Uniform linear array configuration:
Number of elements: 12
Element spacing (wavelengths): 1
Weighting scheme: hann
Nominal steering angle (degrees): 45
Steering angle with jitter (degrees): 43.367
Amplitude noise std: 0.05
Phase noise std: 0.05

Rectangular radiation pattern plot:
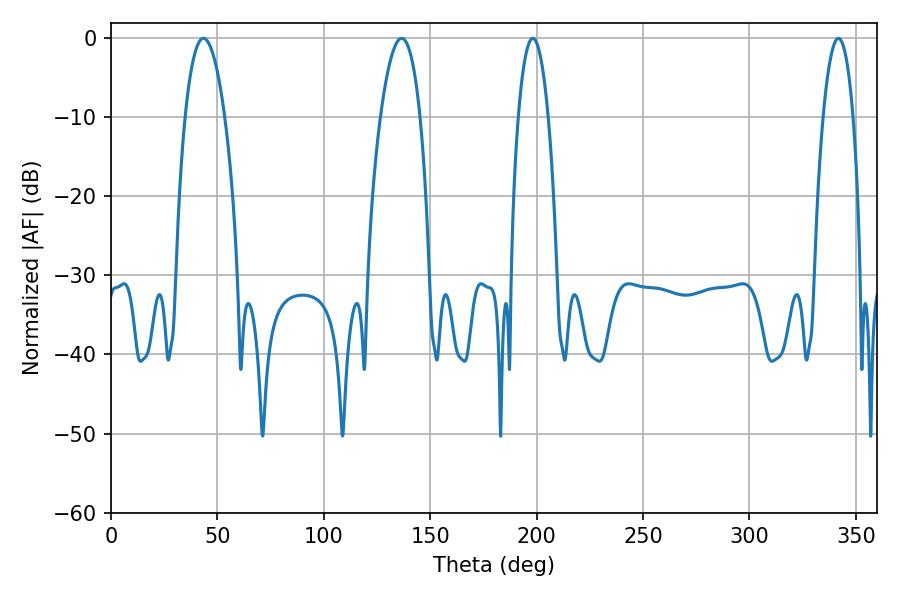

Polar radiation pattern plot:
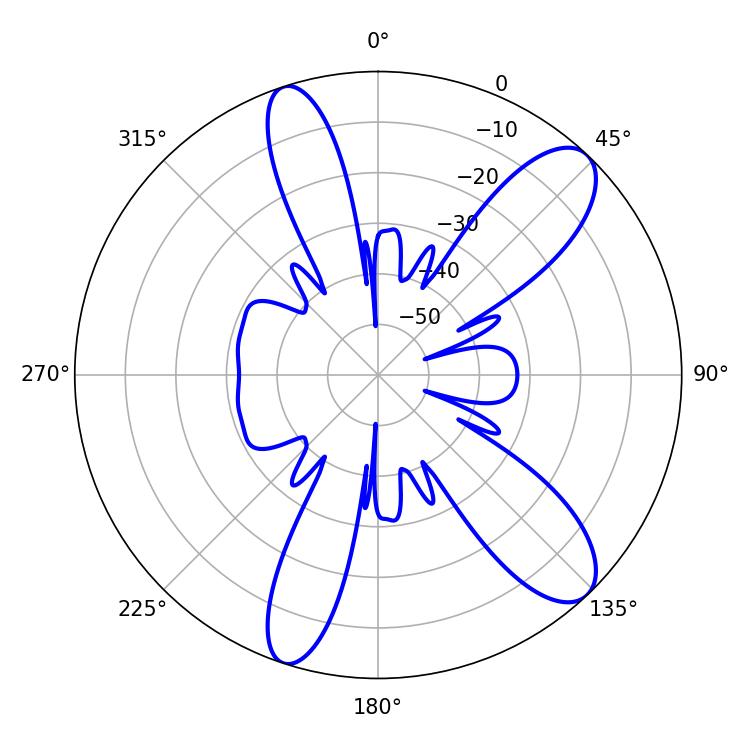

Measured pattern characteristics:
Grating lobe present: TRUE
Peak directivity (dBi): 10.603
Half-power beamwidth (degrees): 7.74
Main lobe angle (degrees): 198.18